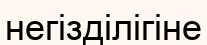
негізділігіне